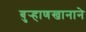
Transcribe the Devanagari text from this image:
बुर्‍हाणखानाने